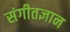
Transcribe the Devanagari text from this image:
संगीतज्ञान